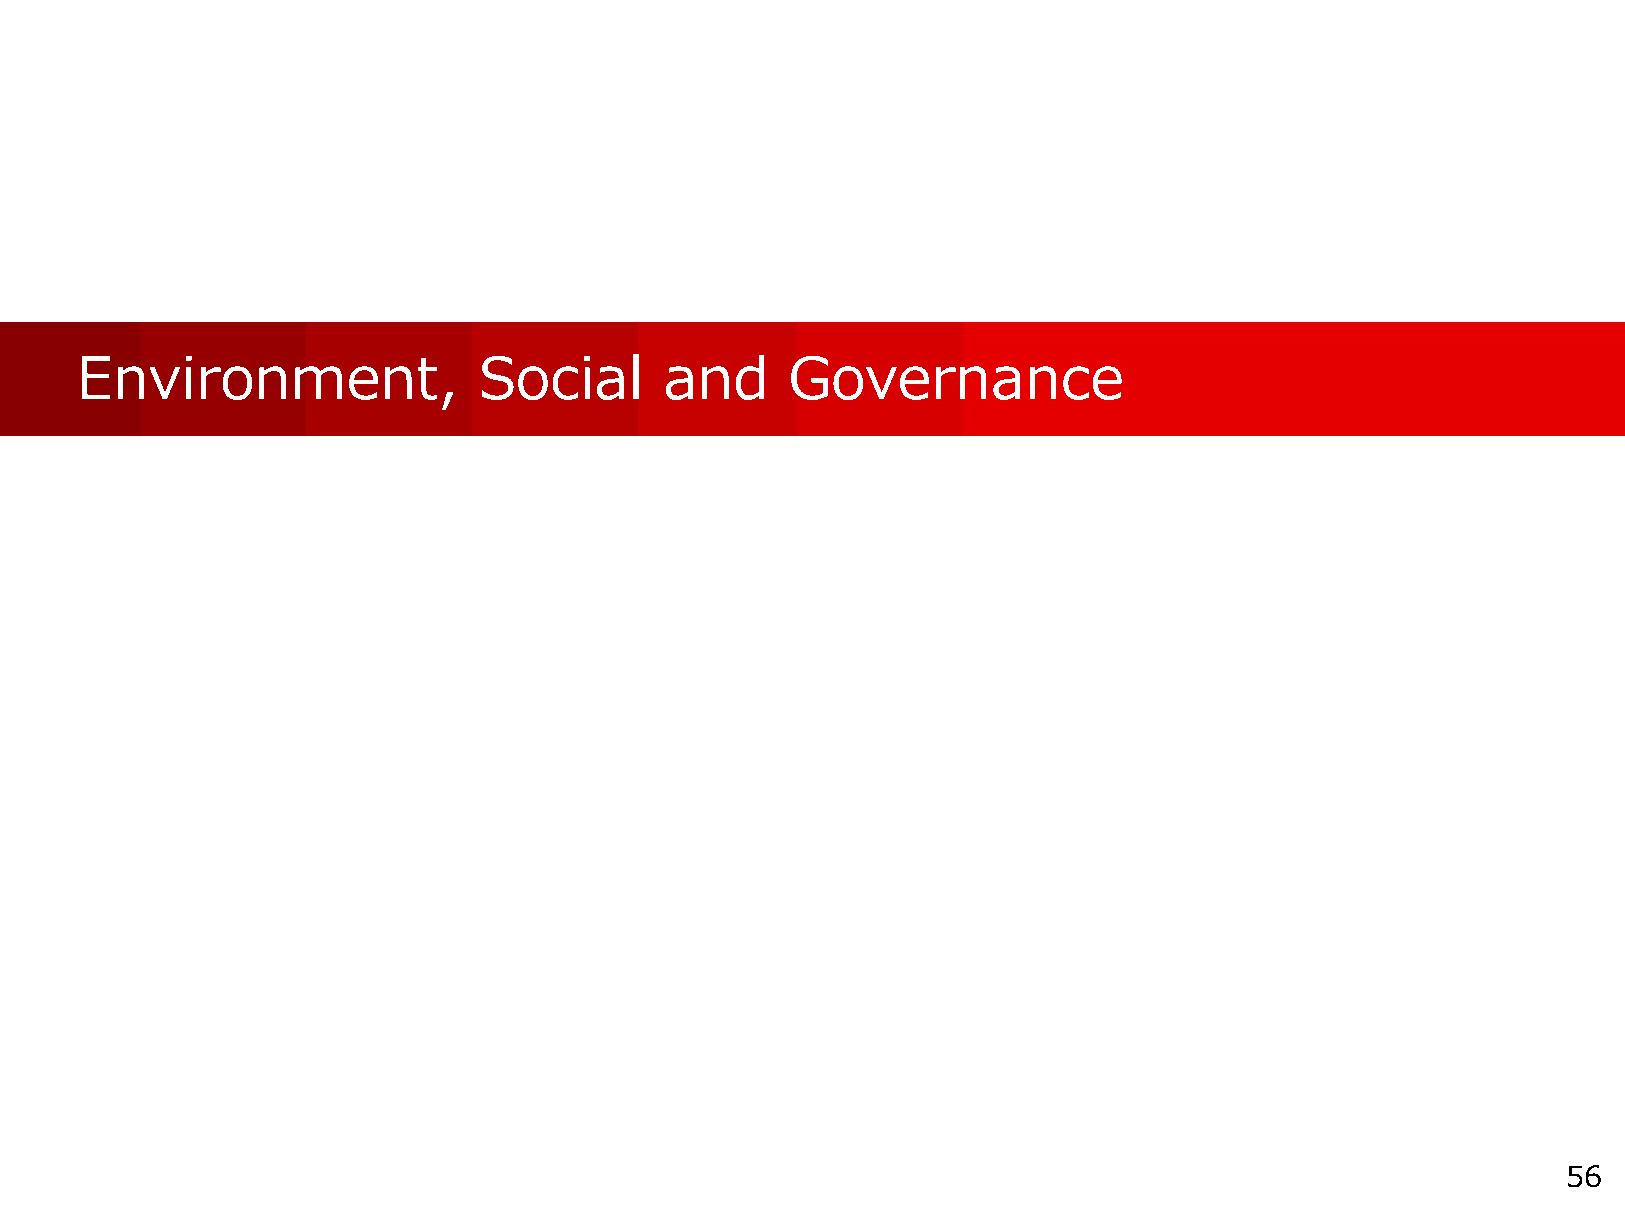
Environment,               Social      and     Governance
 56